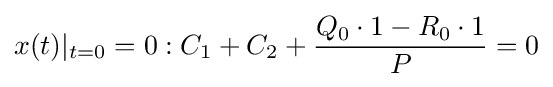
x(t)|_{t=0}=0:C_{1}+C_{2}+{\frac {Q_{0}\cdot 1-R_{0}\cdot 1}{P}}=0